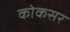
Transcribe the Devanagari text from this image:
कोकसर